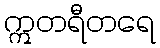
ဣတရီတရေ